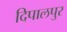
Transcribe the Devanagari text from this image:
दिपालपुर